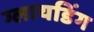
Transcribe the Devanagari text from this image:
ग्लायडिंग